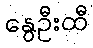
နွေဦးထီ